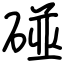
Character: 碰